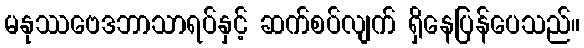
မနုဿဗေဒဘာသာရပ်နှင့် ဆက်စပ်လျက် ရှိနေပြန်ပေသည်။